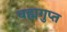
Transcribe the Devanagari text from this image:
बह्मगुप्त